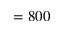
\l = 8 0 0